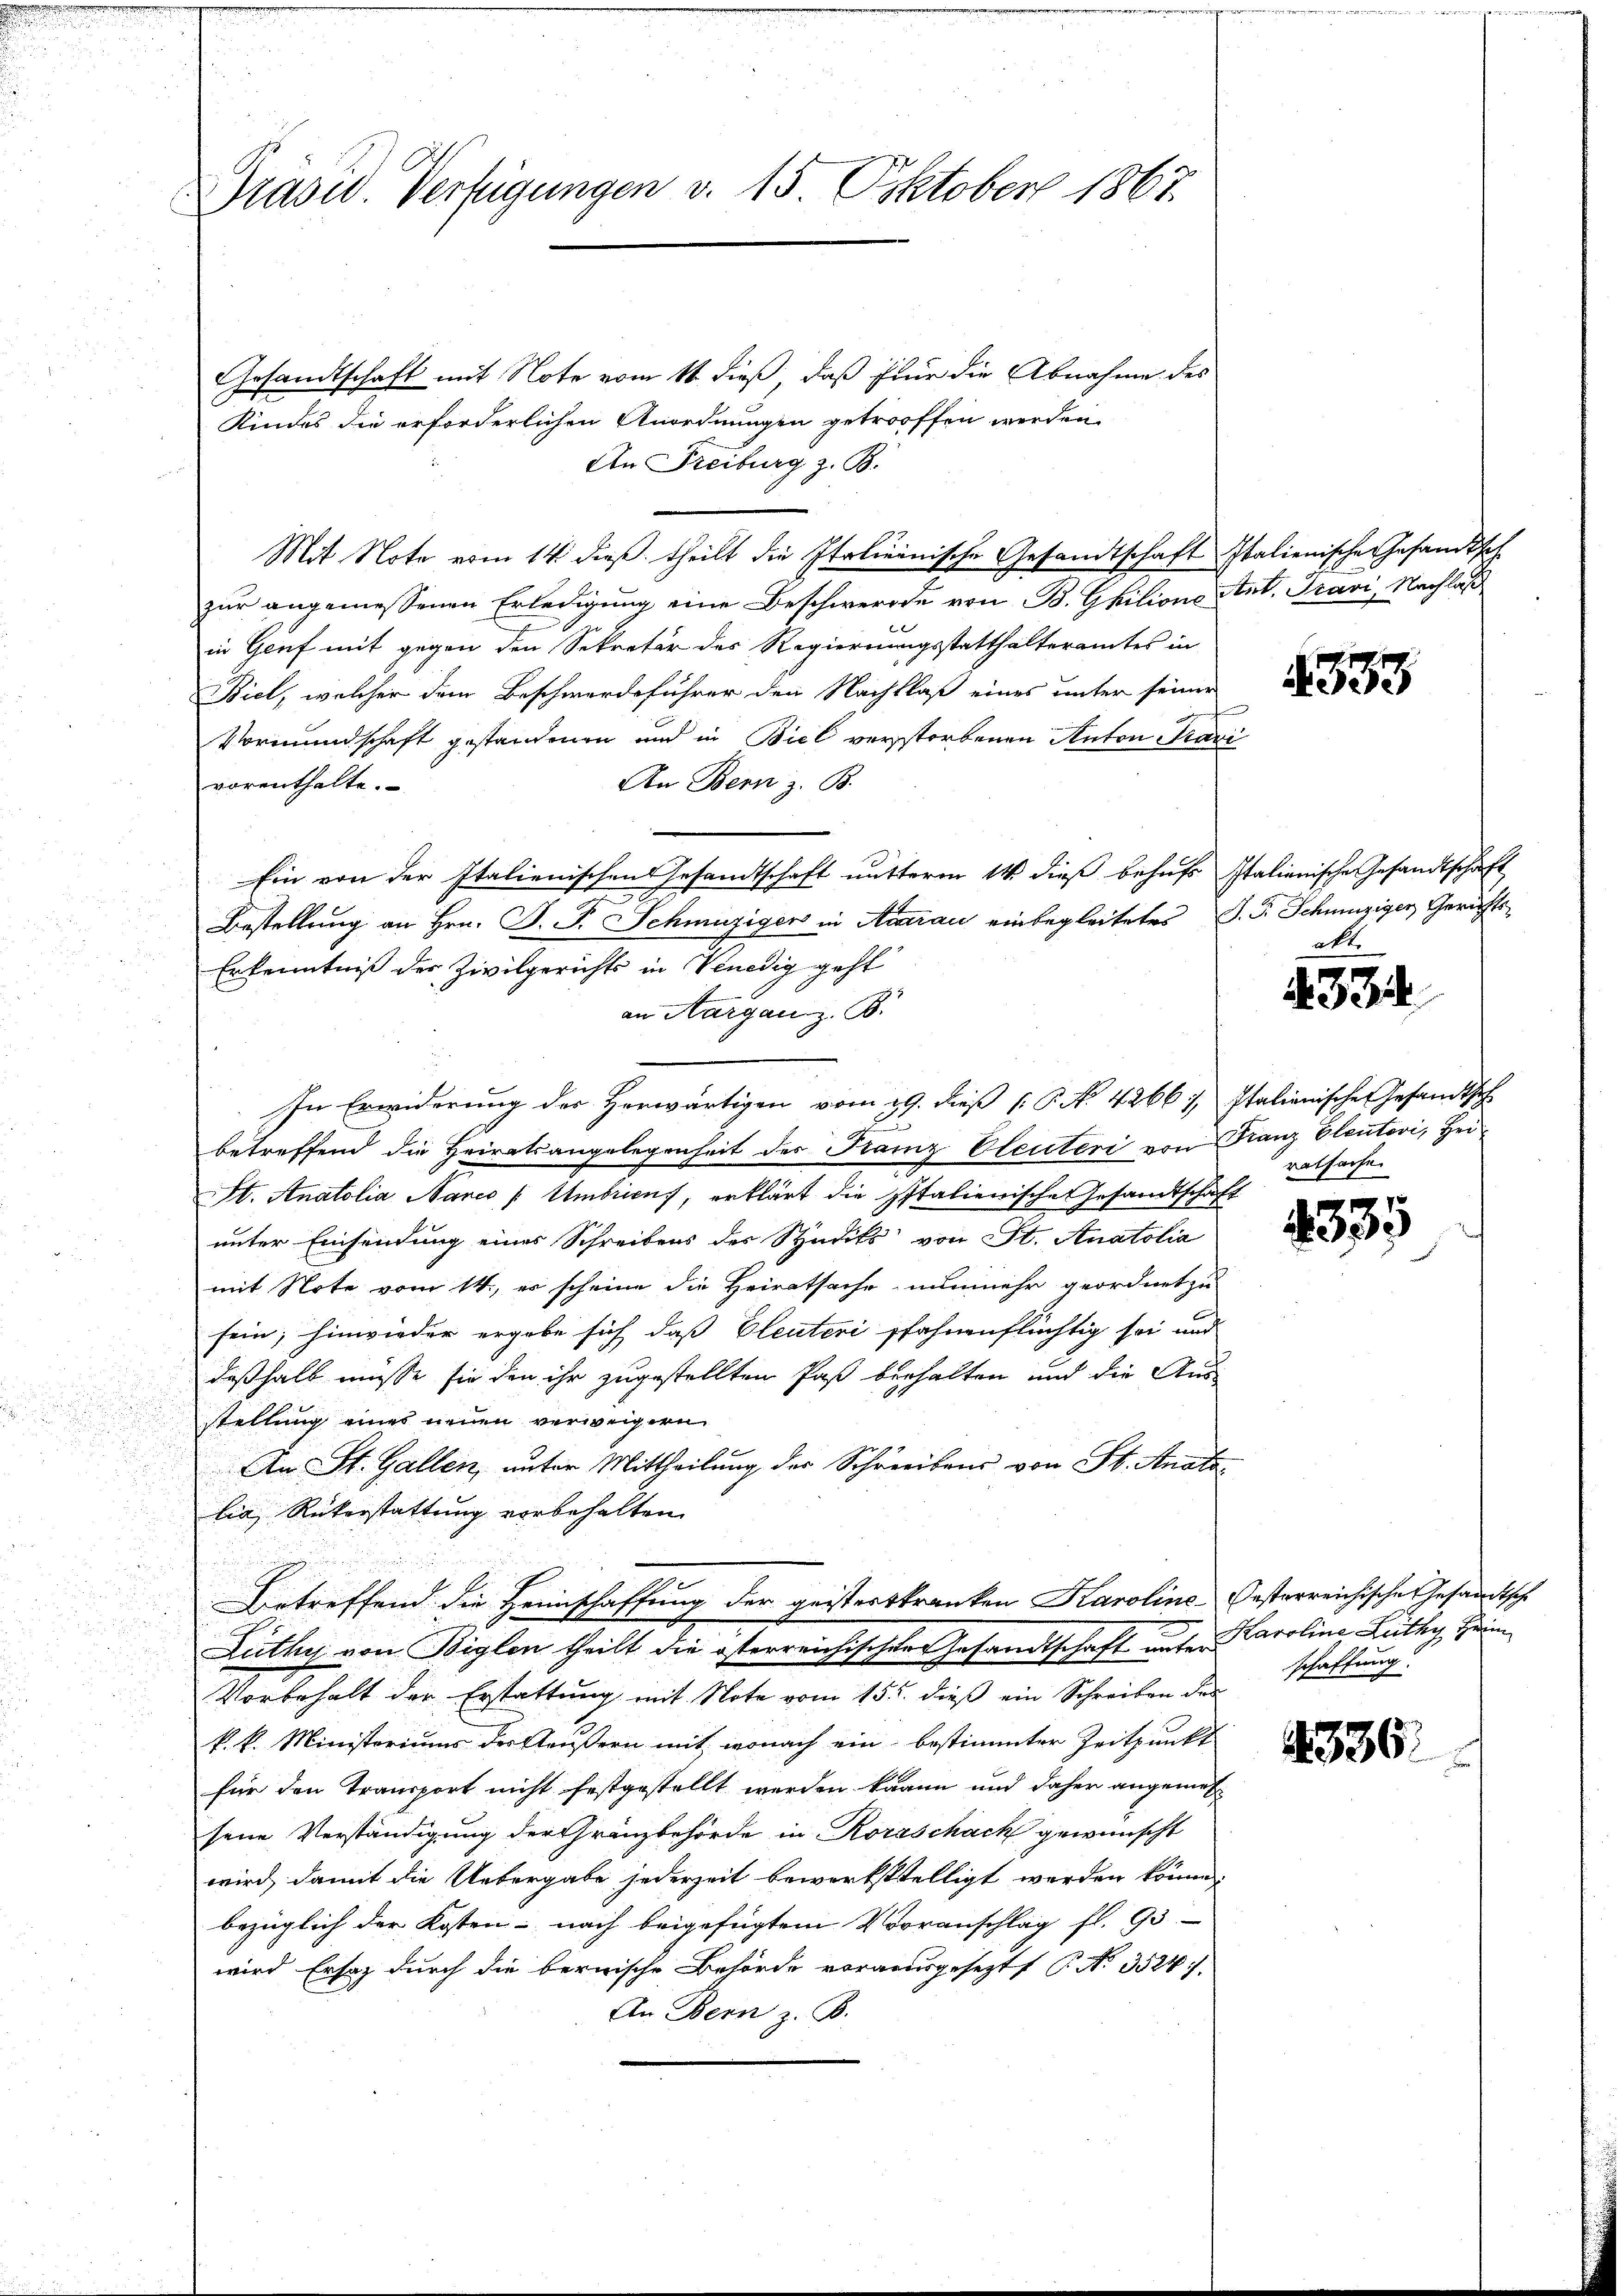
Präsid. Verfügungen v. 15. Oktober 1867.

Gesandtschaft mit Note vom 11 dieß, daß für die Abnahme des
Kindes die erforderlichen Anordnungen getroffen werden
An Freiburg z. B.
Mit Note vom 14. dieß theilt die Italienische Gesandtschaft
zur angemessenen Erledigung eine Beschwerde von B. Ghilione Ant. Pravi, Nachlaß
in Genf mit gegen den Sekretär der Regierungsstatthalteramtes in
Biel, welcher dem Beschwerdeführer den Nachklaß eines unter seiner
Vormundschaft gestandenen und in Biel verstorbenen Anton Tran
vorenthalte.
An Bern z. B.
Ein von der Italienischen Gesandtschaft mutterm 14. dieß behufs
Bestellung an Hrn. P. F. Schmuziger in Aarau einbegleitetes
Erkenntniß der Zivilgerichts in Venedig geht
an Aargau z. B.
In Erwiderung des Herwärtigen vom 29. dieß P. No 4266/ Italienische Gesandthe
betreffend die Heiratsangelegenheit des Franz Oleuteri von Franz Eleutovi, Hei¬
St. Anatolia Nanco / Umbriens, erklärt die Italienische Gesandtschaft
unter Einsendung eines Schreibens des Studiks von St. Anatolia
mit Note vom 14., es scheine die Heiratsache nunmehr geordnet zu
sein; hinwieder ergebe sich daß Eleuteri pfahnenflüchtig sei und
deßhalb müsse sie den ihr zugestellten Paß berhalten und die Aus-
stellung eines neuen verweigern
.

An St. Gallen, unter Mittheilung der Schreibens von St. Anato
lia, Rükerstattung vorbehalten.
Betreffend die Heimschaffung der geisterskranken Karoline-Oesterreichische Gesandtsche
Lüthy von Biglen theilt die österreichischer Gesandtschaft unter Karoline Lüthy, Heim
Vorbehalt der Erstattung mit Note vom 15. dieß ein Schreiben des
k. k. Ministoriums der Aeußern mit, wonach ein bestimmter Zeitpunkt
für den Transport nicht festgestellt werden kanne und daher angeme
sene Verständigung der Gränzbehörde in Roraschach gewünscht
wird, damit die Uebergabe jederzeit bewerkstelligt werden könne.
bezüglich der Kosten nach beigefügtem Vorranschlag fl. 93
wird Ersatz durch die bernische Behörde vorausgesezt P. Nr. 3524).
An Bern z. B.

Italienische Gesandtsch

E

333

Italianische Gesandtschaft
J. P. Schnüziger Gerichts-
alt.

4334.

ratsache

433.

schaffung

4336